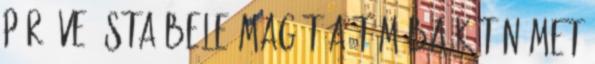
pár éve ásta bele magát a témába két német